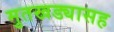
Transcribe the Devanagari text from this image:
मुतखड्यासह